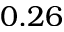
0 . 2 6